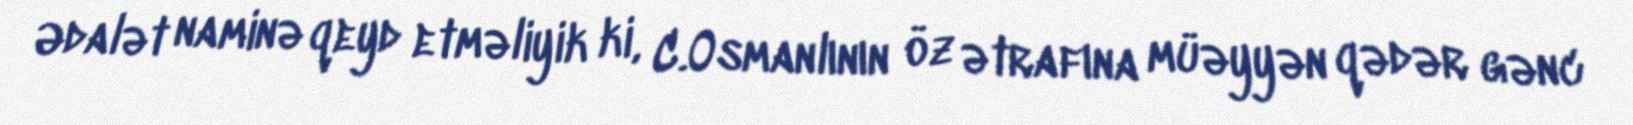
Ədalət naminə qeyd etməliyik ki, C.Osmanlının öz ətrafına müəyyən qədər gənc